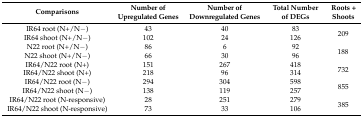
<table><thead><tr><td><b>Comparisons</b></td><td><b>Number of Upregulated Genes</b></td><td><b>Number of Downregulated Genes</b></td><td><b>Total Number of DEGs</b></td><td><b>Roots + Shoots</b></td></tr></thead><tbody><tr><td>IR64 root (N+/N−)</td><td>43</td><td>40</td><td>83</td><td rowspan="2">209</td></tr><tr><td>IR64 shoot (N+/N−)</td><td>102</td><td>24</td><td>126</td></tr><tr><td>N22 root (N+/N−)</td><td>86</td><td>6</td><td>92</td><td rowspan="2">188</td></tr><tr><td>N22 shoot (N+/N−)</td><td>66</td><td>30</td><td>96</td></tr><tr><td>IR64/N22 root (N+)</td><td>151</td><td>267</td><td>418</td><td rowspan="2">732</td></tr><tr><td>IR64/N22 shoot (N+)</td><td>218</td><td>96</td><td>314</td></tr><tr><td>IR64/N22 root (N−)</td><td>294</td><td>304</td><td>598</td><td rowspan="2">855</td></tr><tr><td>IR64/N22 shoot (N−)</td><td>138</td><td>119</td><td>257</td></tr><tr><td>IR64/N22 root (N-responsive)</td><td>28</td><td>251</td><td>279</td><td rowspan="2">385</td></tr><tr><td>IR64/N22 shoot (N-responsive)</td><td>73</td><td>33</td><td>106</td></tr></tbody></table>